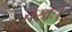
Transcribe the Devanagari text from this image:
तरवः।